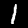
Digit: 1